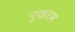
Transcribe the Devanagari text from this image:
नुकरम